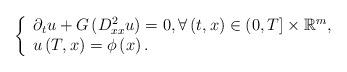
LaTeX: \begin{align*}\left \{\begin{array}[c]{l}\partial_{t}u+G\left( D_{xx}^{2}u\right) =0,\forall \left( t,x\right)\in(0,T]\times \mathbb{R}^{m},\\u\left( T,x\right) =\phi \left( x\right) .\end{array}\right. \end{align*}